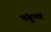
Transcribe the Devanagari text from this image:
पंगुत्व